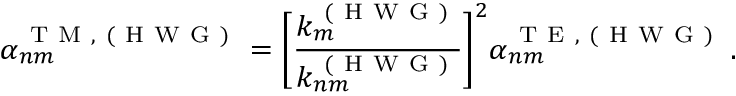
\alpha _ { n m } ^ { \mathrm { ~ T ~ M ~ , ~ ( ~ H ~ W ~ G ~ ) ~ } } = \bigg [ \frac { k _ { m } ^ { \mathrm { ~ ( ~ H ~ W ~ G ~ ) ~ } } } { k _ { n m } ^ { \mathrm { ~ ( ~ H ~ W ~ G ~ ) ~ } } } \bigg ] ^ { 2 } \alpha _ { n m } ^ { \mathrm { ~ T ~ E ~ , ~ ( ~ H ~ W ~ G ~ ) ~ } } \, .